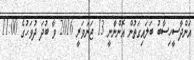
އަންދާސީހިސާބު ބަލައިގަތުން އޮންނާނީ 13 ޖަނަވަރީ 2016 ވާ ބުދަ ދުވަހުގެ 11:00